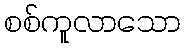
စစ်ကူလာသော